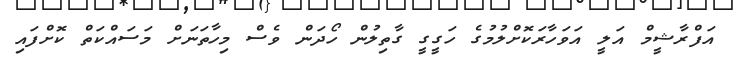
އަފްރާޝީމް އަލީ އަވަހާރަކޮށްލުމުގެ ހަގީގީ ގާތިލުން ހޯދަން ވެސް މިހާތަނަށް މަސައްކަތް ކޮށްފައި